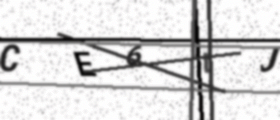
Text: CE6IJ